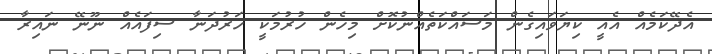
އެދޭކަމެއް އެއީ ކިޔަވައިގެން މަސައްކަތެއްނުކޮށް މިހެން ހުރުމަކީ ހަރުދަނާ ސިފައެއް ނޫނޭ ނައިރާ